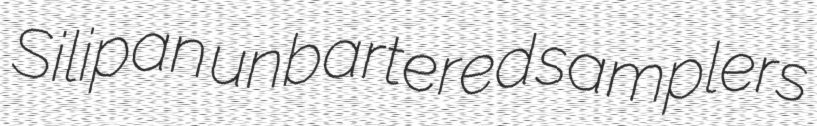
Silipan unbartered samplers